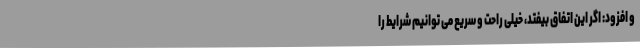
و افزود: اگر این اتفاق بیفتد، خیلی راحت و سریع می توانیم شرایط را